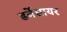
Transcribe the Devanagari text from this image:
डर्बेसायर